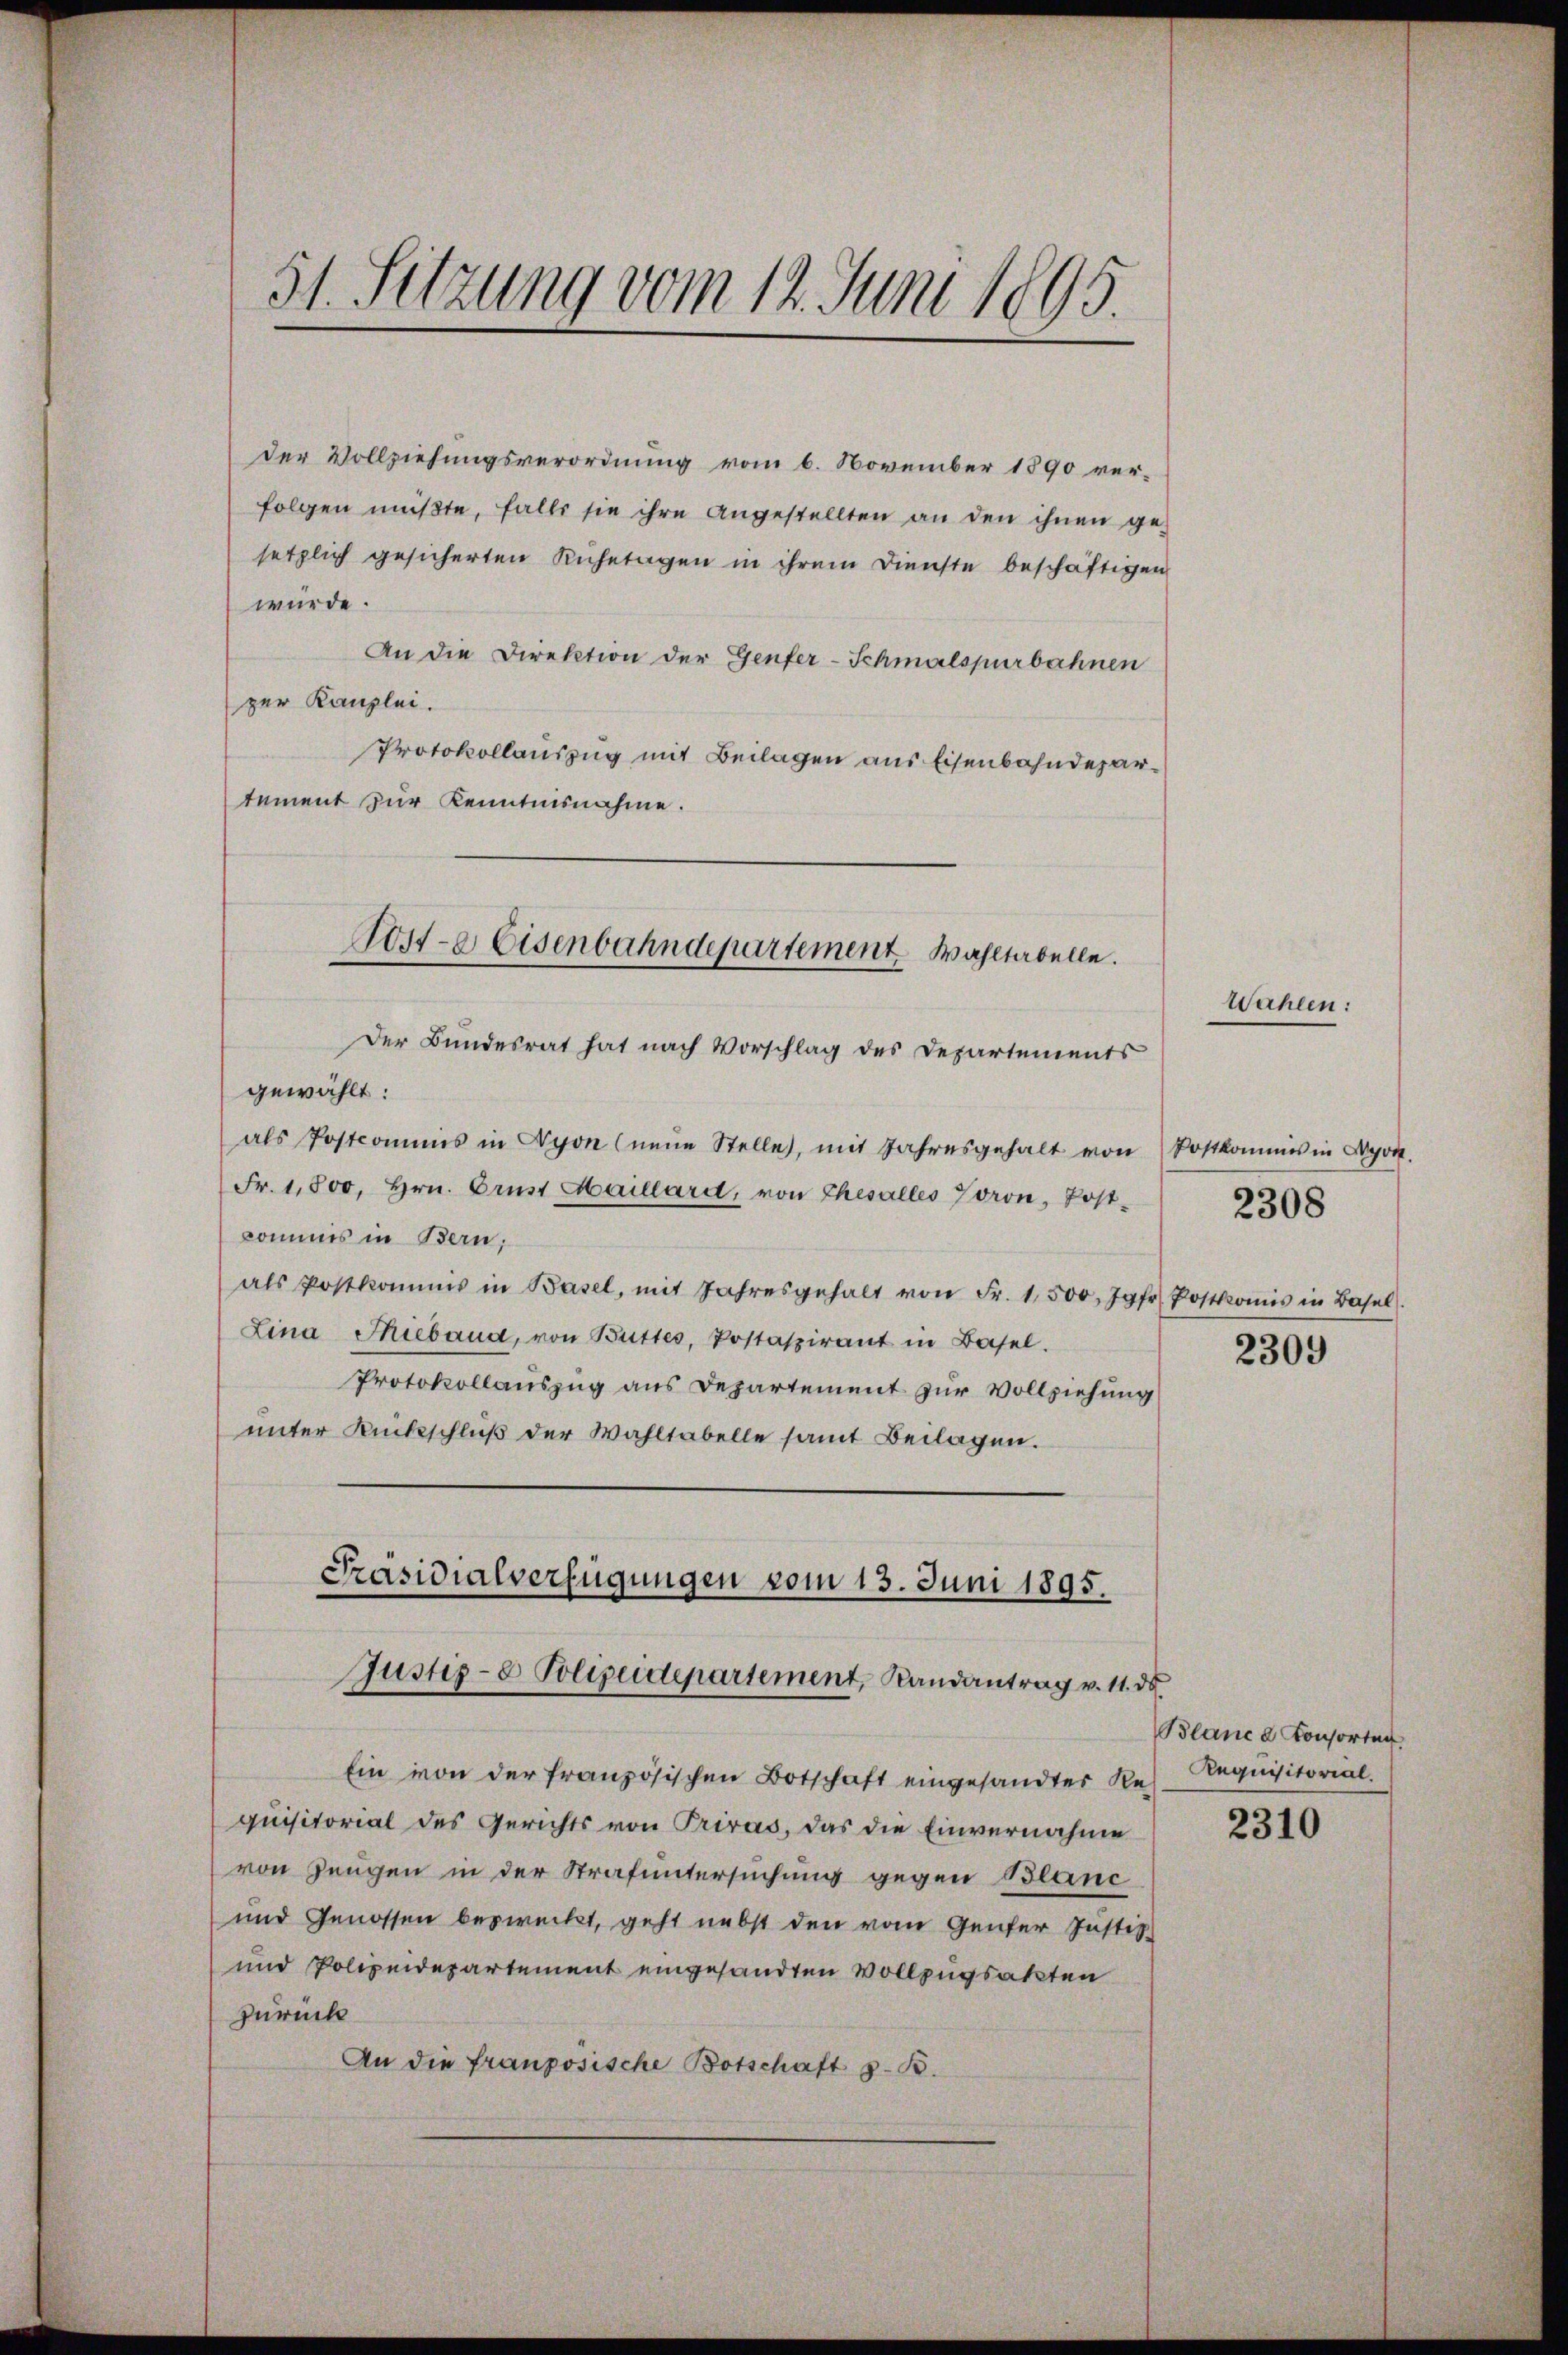
51. Sitzung vom 12. Juni 1895.

der Vollziehungsverordnung vom 6. November 1890 verfolgen müβte, falls sie ihre angestellten an den ihnen ge-
setzlich gesicherten Ruhetagen in ihrem Dienste beschäftigen
würde.
An die Direktion der Genfer-Schmalspurbahnen
zer Kanzlei.
Protokollauszug mit Beilagen aus Eisenbahndepartement zur Kenntnisnahme.
Der Bundesrat hat nach Vorschlag des Departements
gewählt:
als Postcommis in Nyon (neŭe Stelle, mit Jahresgehalt von Postkommis in Wyot.
Fr. 1,800, Hrn. Brust Maillard, von Thesalles Toron, Postkommis in Bern;
als Postkommis in Basel, mit Jahresgehalt von Fr. 1,500, Jgfr. Postkomis in Basel.
Lina Thieband, von Butter, Postaspirant in Basel.
Protokollauszug aus Departement zur Vollziehung
unter Rückschluß der Wahltabelle samt Beilagen.

Poste Eisenbahndepartement. Wahltabelle.

Präsidialverfügungen vom 13. Juni 1895.
Justiz- & Polizeidepartement, Randantrag v. 11. ds

Ein von der französischen Botschaft eingesandter Re-
quisitorial des Gerichts von Priras, das die Einvernahme
von Zeugen in der Strafuntersuchung gegen Blanc
und Genossen bezweckt, geht nebst den vom Genfer Justiz-
und Polizeidepartement eingesandten Vollzugsakten
zurück
An die französische Botschaft z. B.

Wahlen:

2308

2309

Blance Konsorten
Requisitorial.

2310